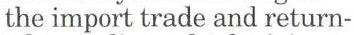
the import trade and return-